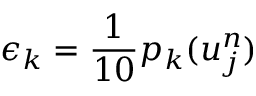
\epsilon _ { k } = \frac { 1 } { 1 0 } p _ { k } ( u _ { j } ^ { n } )